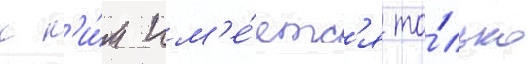
к н'и́м им'е́етс'я то́лько